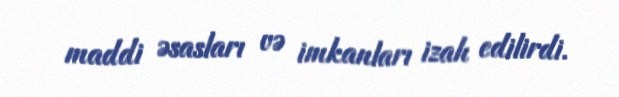
maddi əsasları və imkanları izah edilirdi.